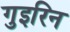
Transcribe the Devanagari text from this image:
गुइरिन